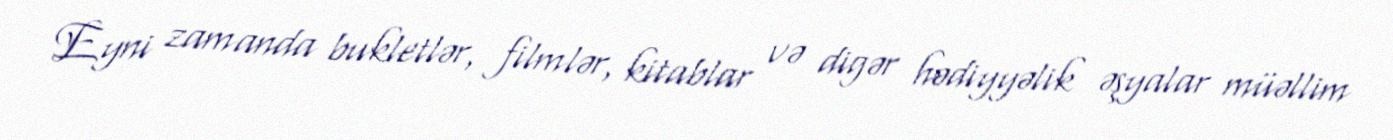
Eyni zamanda bukletlər, filmlər, kitablar və digər hədiyyəlik əşyalar müəllim